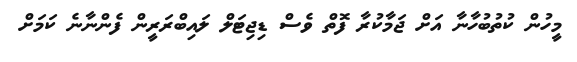
މީހުން ކުތުބުހާނާ އަށް ޖަމާކުރާ ފޮތް ވެސް ޑިޖިޓަލް ލައިބްރަރީން ފެންނާނެ ކަމަށް